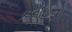
કલાઈનો